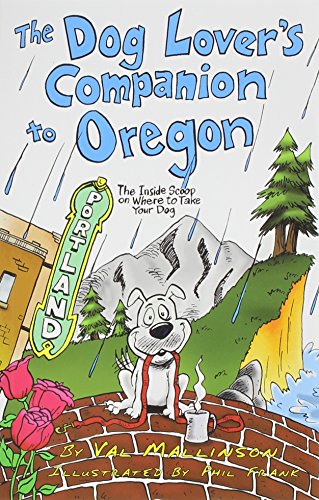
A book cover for The Dog Lover's Companion to Oregon: The Inside Scoop on Where to Take Your Dog (Dog Lover's Companion Guides); Val Mallinson; Travel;